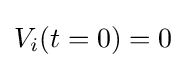
V_{i}(t=0)=0{\frac {}{}}